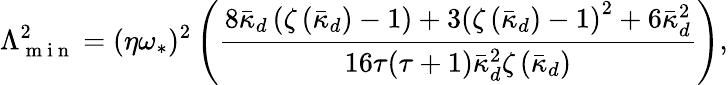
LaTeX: \Lambda_{\mathrm{~m~i~n~}}^{2}=(\eta\omega_{\ast})^{2}\left(\frac{8\bar{\kappa}_{d}\left(\zeta\left(\bar{\kappa}_{d}\right)-1\right)+3\left(\zeta\left(\bar{\kappa}_{d}\right)-1\right)^{2}+6\bar{\kappa}_{d}^{2}}{16\tau(\tau+1)\bar{\kappa}_{d}^{2}\zeta\left(\bar{\kappa}_{d}\right)}\right),